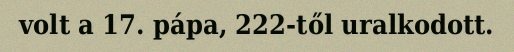
volt a 17. pápa, 222-től uralkodott.